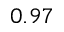
0 . 9 7